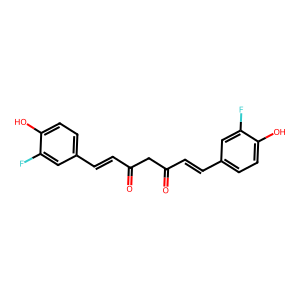
SMILES: O=C(C=Cc1ccc(O)c(F)c1)CC(=O)C=Cc1ccc(O)c(F)c1
Inhibits HIV replication: No